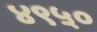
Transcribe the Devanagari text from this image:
४९५०